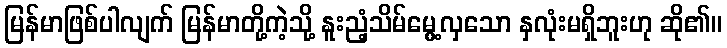
မြန်မာဖြစ်ပါလျက် မြန်မာတို့ကဲ့သို့ နူးညံ့သိမ်မွေ့လှသော နှလုံးမရှိဘူးဟု ဆို၏။